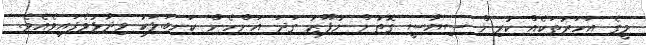
މީގެ އަހަރުތަކެއް ކުރިން ސިޔާސީ ގޮތުން ނުފޫޒު ގަދަ އަންހެން ކަނބަލަކު ވިދާޅުވެފައިވެއެވެ.